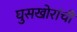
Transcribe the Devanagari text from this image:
घुसखोरांची